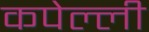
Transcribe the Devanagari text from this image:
कपेल्ली